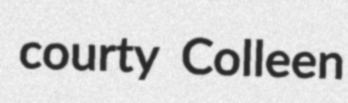
courty Colleen